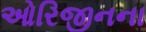
ઓરિજીનના